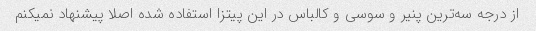
از درجه سه‌ترین پنیر و سوسی و کالباس در این پیتزا استفاده شده اصلا پیشنهاد نمیکنم